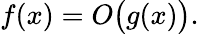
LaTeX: f(x)=O{\bigl(}g(x){\bigr)}.